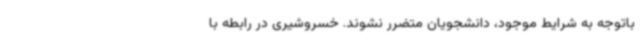
باتوجه به شرایط موجود، دانشجویان متضرر نشوند. خسروشیری در رابطه با